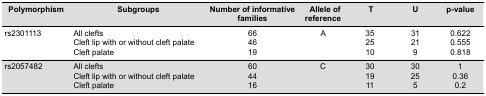
<table><thead><tr><td><b>Polymorphism</b></td><td><b>Subgroups</b></td><td><b>Number of informative families</b></td><td><b>Allele of reference</b></td><td><b>T</b></td><td><b>U</b></td><td><b>p-value</b></td></tr></thead><tbody><tr><td>rs2301113</td><td>All cleftsCleft lip with or without cleft palateCleft palate</td><td>664619</td><td>A</td><td>352510</td><td>31219</td><td>0.6220.5550.818</td></tr><tr><td>rs2057482</td><td>All cleftsCleft lip with or without cleft palateCleft palate</td><td>604416</td><td>C</td><td>301911</td><td>30255</td><td>10.360.2</td></tr></tbody></table>